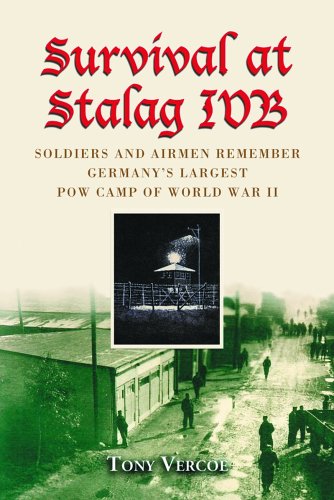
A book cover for Survival at Stalag IVB: Soldiers and Airmen Remember Germany's Largest POW Camp of World War II; Tony Vercoe; History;